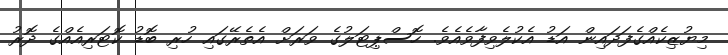
މިޔުޒިކެއްގެފަދައިން އަޑު އެކުލެވިފާވެއެވެ. ހޮސްޕިޓަލުގެ ވަރަށް އެތެރޭގައި ހުރި ބޮޑު ކޮޓަރިއެއްގެ ދޮރު